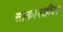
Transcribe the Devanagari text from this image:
साकारतील